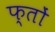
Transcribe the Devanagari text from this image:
फ्तों